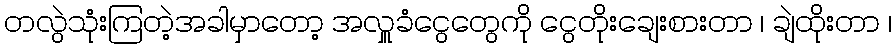
တလွဲသုံးကြတဲ့အခါမှာတော့ အလှူခံငွေတွေကို ငွေတိုးချေးစားတာ ၊ ချဲထိုးတာ ၊